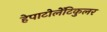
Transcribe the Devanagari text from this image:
हेपाटोलेंटिकुलर